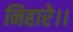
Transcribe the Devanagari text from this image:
निहारे।।